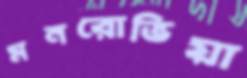
মনরোভিয়া